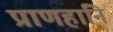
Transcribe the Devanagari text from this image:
प्राणहानि